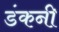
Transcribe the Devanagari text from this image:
डंकनी